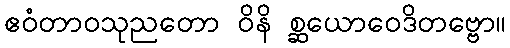
ဧဝံတာဝသုညတော ဝိနိ စ္ဆယောဝေဒိတဗ္ဗော။